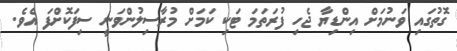
ގޮތުގައި ވަނުމަށް އިންޑިޔާ ޖެހި ފުރަތަމަ ޓަކި ކަމަށް މުރާސިލުންވަނީ ސިފަކޮށްފަ އެވެ.